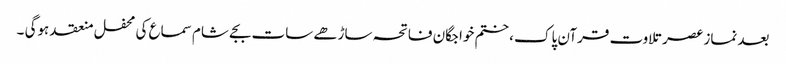
بعد نماز عصر تلاوت قرآن پاک ، ختم خواجگان فاتحہ ساڑھے سات بجے شام سماع کی محفل منعقد ہوگی ۔